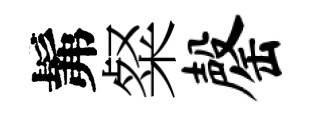
髴粲罄